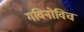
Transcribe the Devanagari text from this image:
गविनोविच